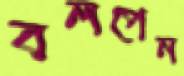
বলপেন